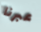
عبرنا